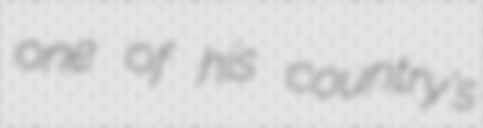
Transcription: one of his country's